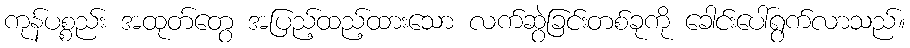
ကုန်ပစ္စည်း အထုတ်တွေ အပြည့်ထည့်ထားသော လက်ဆွဲခြင်းတစ်ခုကို ခေါင်းပေါ်ရွက်လာသည်။